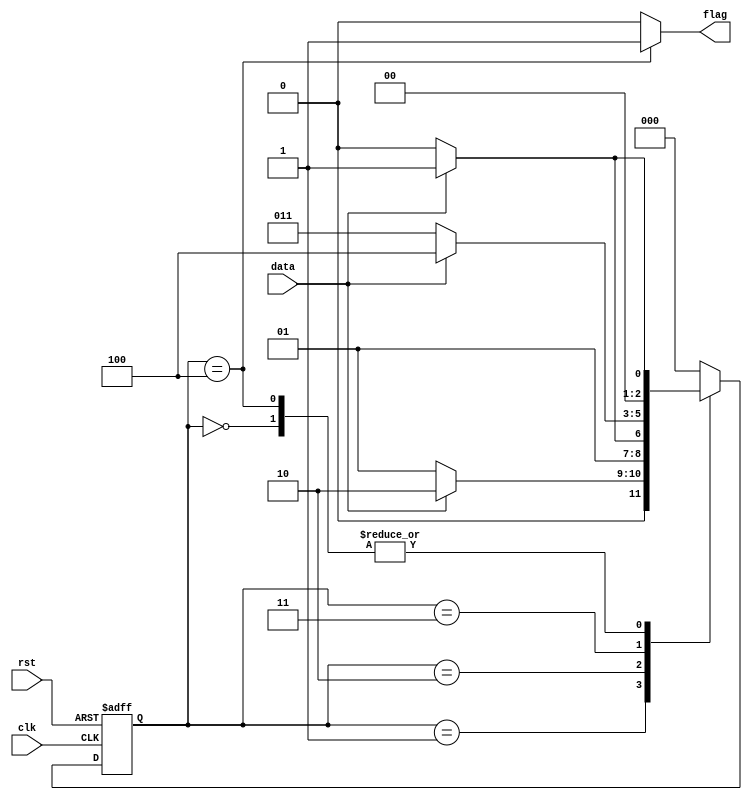
`timescale 1ns/1ns

module fsm2(
	input wire clk  ,
	input wire rst  ,
	input wire data ,
	output reg flag
);

//*************code***********//
reg[2:0] state, next_state;
always @(posedge clk or negedge rst) begin
    if(!rst) begin
        state <= 0;
    end
    else begin
        state <= next_state;
    end
end

always @(*) begin
    case(state)
    0:begin
        if(data) begin
            next_state <= 1;
            flag <= 0;
        end
        else begin
            next_state <= 0;
            flag <= 0;
        end
    end 
    1:begin
        if(data) begin
            next_state <= 2;
            flag <= 0;
        end
        else begin
            next_state <= 1;
            flag <= 0;
        end
    end
    2:begin
        if(data) begin
            next_state <= 3;
            flag <= 0;
        end
        else begin
            next_state <= 2;
            flag <= 0;
        end
    end 
    3:begin
        if(data) begin
            next_state <= 4;
            flag <= 0;
        end
        else begin
            next_state <= 3;
            flag <= 0;
        end
    end 
    4:begin
        if(data) begin
            next_state <= 1;
            flag <= 1;
        end
        else begin
            next_state <= 0;
            flag <= 1;
        end
    end 
    default:begin
        next_state <= 0;
        flag <= 0;
    end
    endcase
end

//*************code***********//
endmodule